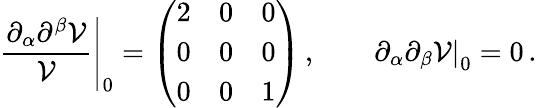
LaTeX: \left.\frac{\partial_{\alpha}\partial^{\beta}\mathcal{V}}{\mathcal{V}}\right|_{0}=\left(\begin{array}{lll}{{2}}&{{0}}&{{0}}\\ {{0}}&{{0}}&{{0}}\\ {{0}}&{{0}}&{{1}}\end{array}\right)\, ,\qquad\left.\partial_{\alpha}\partial_{\beta}\mathcal{V}\right|_{0}=0\, .